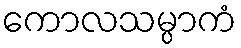
ကောလသမ္ပာကံ